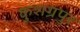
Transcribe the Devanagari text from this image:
कुशग्रपुर